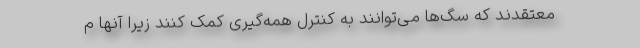
معتقدند که سگ‌ها می‌توانند به کنترل همه‌گیری کمک کنند زیرا آنها م